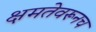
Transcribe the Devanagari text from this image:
क्षमतेवरूनच